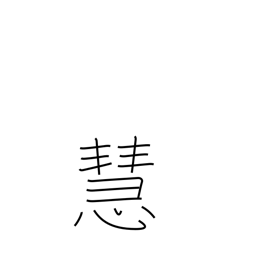
Meaning: wise